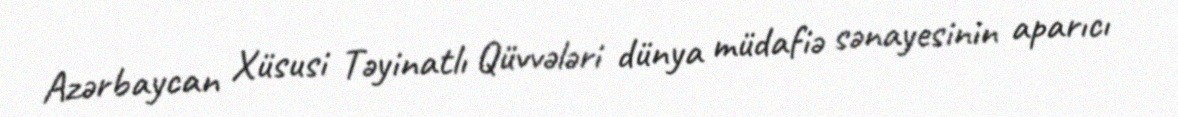
Azərbaycan Xüsusi Təyinatlı Qüvvələri dünya müdafiə sənayesinin aparıcı